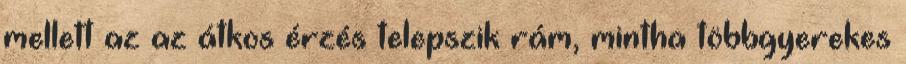
mellett az az átkos érzés telepszik rám, mintha többgyerekes